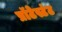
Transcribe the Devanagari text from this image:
प्रॉटेस्टंट